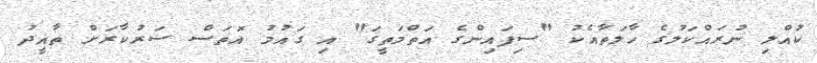
ކުއްލި ނުރައްކަލުގެ ހާލަތާއެކު "ސިފައިންގެ އަތްމަތީގަ" އި ގައުމު އޮތަސް ސަރުކާރަށް ތާއީދު